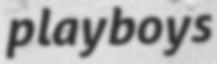
playboys